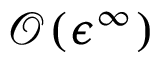
\mathcal { O } ( \epsilon ^ { \infty } )